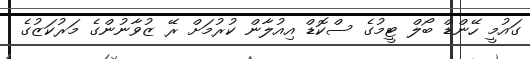
ގައުމީ ހޭންޑް ބޯލް ޓީމުގެ ސްކޮޑް އިއުލާން ކުރުމަށް ރޭ ޒުވާނުންގެ މަރުކަޒުގެ